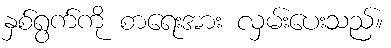
နှစ်ရွက်ကို စာရေးအား လှမ်းပေးသည်။